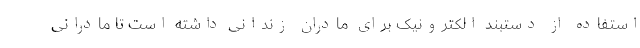
استفاده از دستبند الکترونیک برای مادران زندانی داشته‌ است تا مادرانی